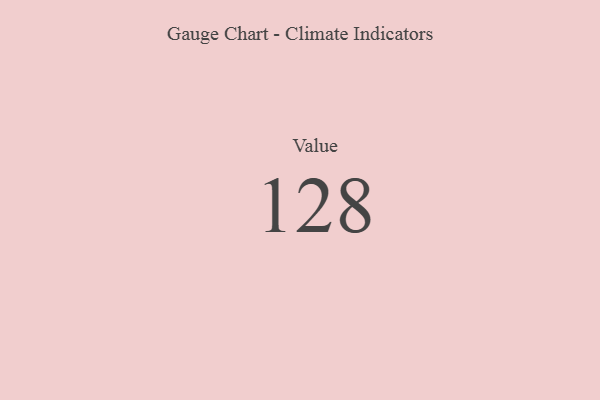
{"axis": {"x": "Metric", "y": "Value"}, "legend": [""], "data": [{"x": "Value", "y": 128, "type": ""}]}